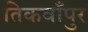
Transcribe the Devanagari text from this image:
तिकवाँपुर